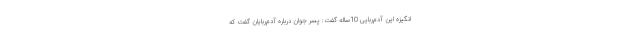
انگیزه این آدم‌ربایی 10ساله گفت: پسر جوان درباره آدم‌ربایان گفت که